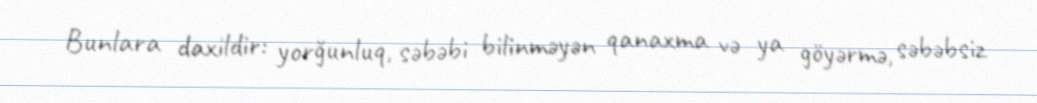
Bunlara daxildir: yorğunluq, səbəbi bilinməyən qanaxma və ya göyərmə, səbəbsiz